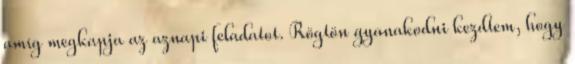
amíg megkapja az aznapi feladatot. Rögtön gyanakodni kezdtem, hogy